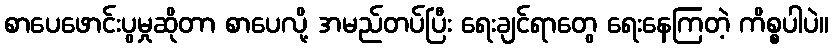
စာပေဖောင်းပွမှုဆိုတာ စာပေလို့ အမည်တပ်ပြီး ရေးချင်ရာတွေ ရေးနေကြတဲ့ ကိစ္စပါပဲ။